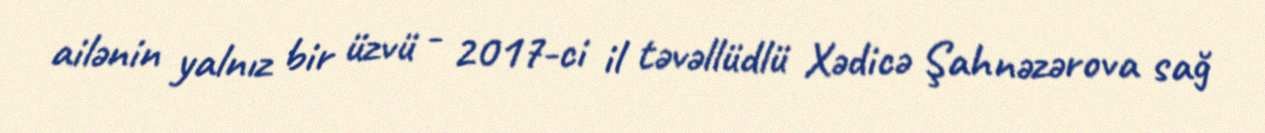
ailənin yalnız bir üzvü - 2017-ci il təvəllüdlü Xədicə Şahnəzərova sağ